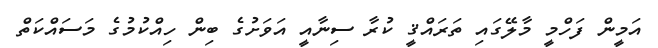
އަމީން ފަހްމީ މާލޭގައި ތަރައްޤީ ކުރާ ސިނާއީ އަވަށުގެ ބިން ހިއްކުމުގެ މަސައްކަތް